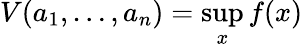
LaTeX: V(a_{1},\ldots,a_{n})=\operatorname*{sup}_{x}f(x)